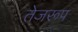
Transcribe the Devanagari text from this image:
तेजरूप